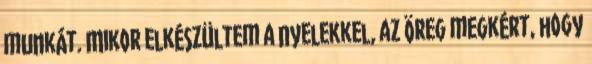
munkát. Mikor elkészültem a nyelekkel, az öreg megkért, hogy